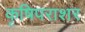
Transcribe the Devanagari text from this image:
कृषिपराशर